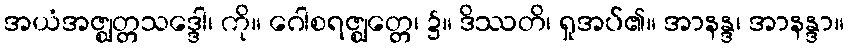
အယံအဇ္ဈတ္တသဒ္ဒေါ၊ ကို။ ဂေါစရဇ္ဈတ္တေ၊ ၌။ ဒိဿတိ၊ ရှုအပ်၏။ အာနန္ဒ၊ အာနန္ဒာ။